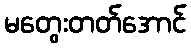
မတွေးတတ်အောင်